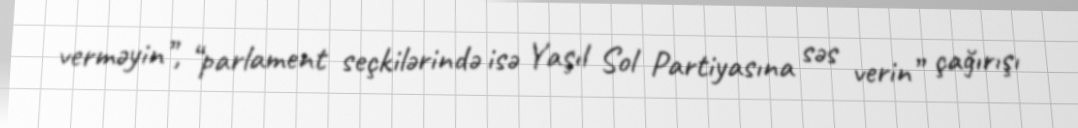
verməyin”, “parlament seçkilərində isə Yaşıl Sol Partiyasına səs verin” çağırışı